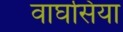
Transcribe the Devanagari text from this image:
वाघसिया